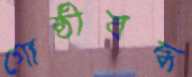
গোষ্ঠীবদ্ধ